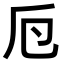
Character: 𠂘